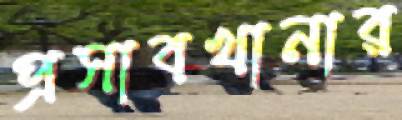
প্রসাবখানার